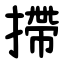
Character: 摕